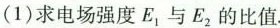
(1)求电场强度E_{1}与E_{2}的比值。